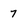
Character: 7